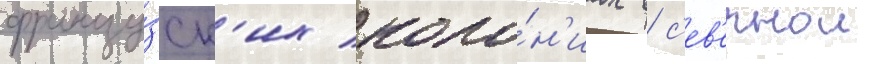
францу́зск'их коло́н'иах в с'ев'ернои